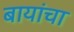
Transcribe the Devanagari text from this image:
बायांचा